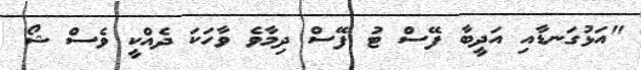
"އަޅުގަނޑާއި އަދީބާ ފޭސް ޓު ފޭސް ދިމާވެ ވާހަކަ ދެއްކީ ވެސް ޝޯ